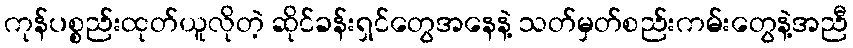
ကုန်ပစ္စည်းထုတ်ယူလိုတဲ့ ဆိုင်ခန်းရှင်တွေအနေနဲ့ သတ်မှတ်စည်းကမ်းတွေနဲ့အညီ